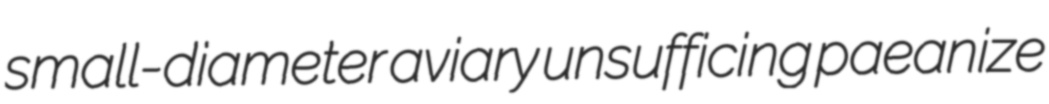
small-diameter aviary unsufficing paeanize